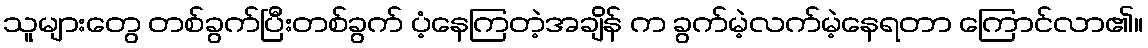
သူများတွေ တစ်ခွက်ပြီးတစ်ခွက် ပံ့နေကြတဲ့အချိန် က ခွက်မဲ့လက်မဲ့နေရတာ ကြောင်လာ၏။